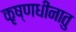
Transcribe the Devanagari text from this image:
कृष्णधीनातु